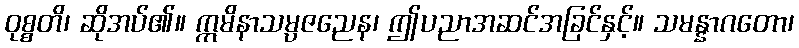
ဝုစ္စတိ၊ ဆိုအပ်၏။ ဣမိနာသမ္ပဇညေန၊ ဤပညာအဆင်အခြင်နှင့်။ သမန္နာဂတော၊